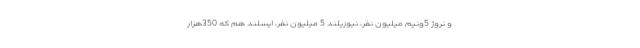
و نروژ 5ونیم میلیون نفر، نیوزیلند 5 میلیون نفر، ایسلند هم که 350هزار